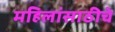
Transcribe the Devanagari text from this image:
महिलांसाठीचे